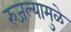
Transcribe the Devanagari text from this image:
रुजल्यामुळे